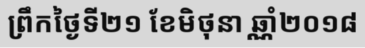
ព្រឹកថ្ងៃទី២១ ខែមិថុនា ឆ្ណាំ២០១៨